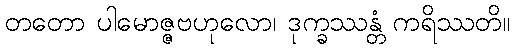
တတော ပါမောဇ္ဇဗဟုလော၊ ဒုက္ခဿန္တံ ကရိဿတိ။